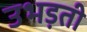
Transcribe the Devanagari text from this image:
उभड़ती